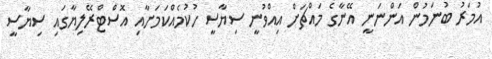
އުމަރު ބުނަމުން އަންނަނީ އޭނާގެ މައްޗަށް އިއްވުނީ ސިޔާސީ ހުކުމެއްކަމަށާއި އޮސްޓްރޭލިޔާގައި ސިޔާސީ